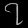
Digit: ၇